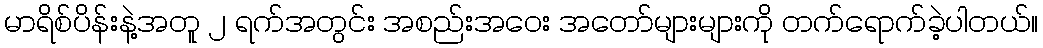
မာရိစ်ပိန်းနဲ့အတူ ၂ ရက်အတွင်း အစည်းအဝေး အတော်များများကို တက်ရောက်ခဲ့ပါတယ်။